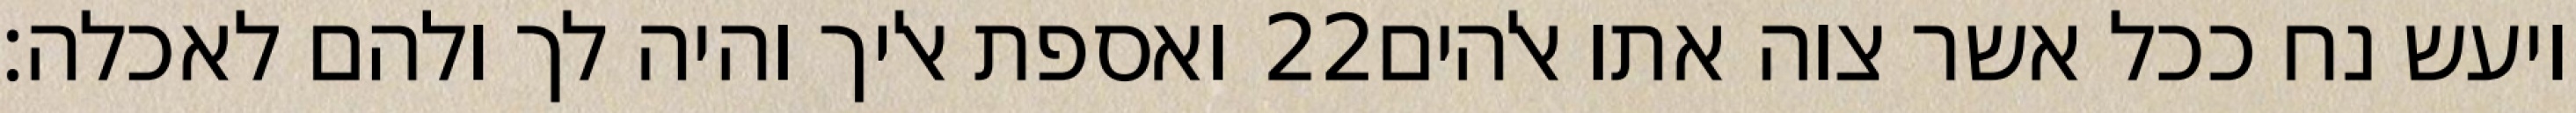
ואספת אליך והיה לך ולהם לאכלה׃ ‎22‏ ויעש נח ככל אשר צוה אתו אלהים